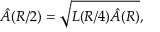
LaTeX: \hat { A } ( R / 2 ) = \sqrt { L ( R / 4 ) \hat { A } ( R ) } ,